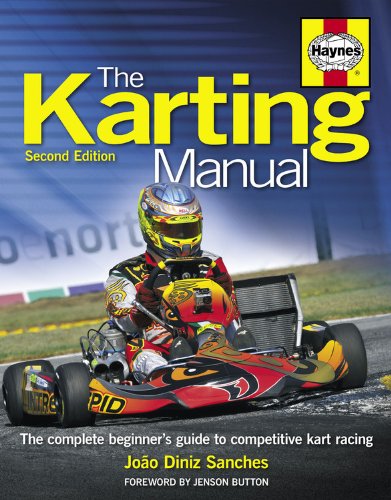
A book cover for The Karting Manual: The Complete Beginner's Guide to Competitive Kart Racing - 2nd Edition (Haynes Owners' Workshop Manuals); Joao Diniz Sanches; Sports & Outdoors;